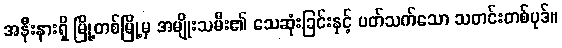
အနီးနားရှိ မြို့တစ်မြို့မှ အမျိုးသမီး၏ သေဆုံးခြင်းနှင့် ပတ်သက်သော သတင်းတစ်ပုဒ်။